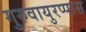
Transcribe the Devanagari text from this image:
गुरुवायुरप्पास